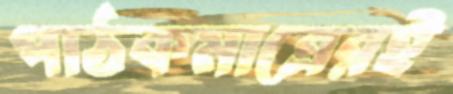
পাঠকমাত্রেরই